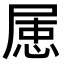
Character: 𡲦